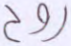
روح